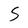
Character: S